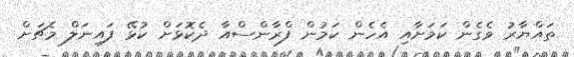
ތައްޔާރު ވެގެން ކަމަށާއި އެހެން ކަމުން ފްރާންސްއާ ދެކޮޅަށް ކުޅޭ ފައިނަލް މެޗަށް